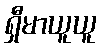
ရှီမာယူယူ